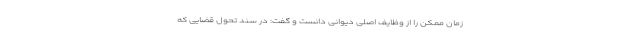
زمان ممکن را از وظایف اصلی دیوانی دانست و گفت: در سند تحول قضایی که